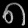
Digit: ၈